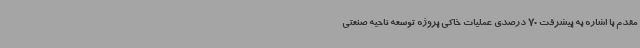
مقدم با اشاره به پیشرفت 70 درصدی عملیات خاکی پروژه توسعه ناحیه صنعتی